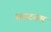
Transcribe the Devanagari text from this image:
आउटराम